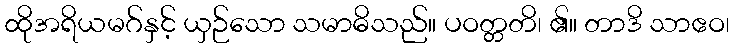
ထိုအရိယမဂ်နှင့် ယှဉ်သော သမာဓိသည်။ ပဝတ္တတိ၊ ၏။ တာဒိ သာဧဝ၊